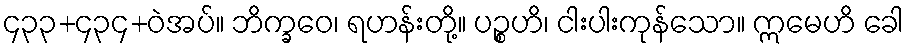
၄၃၃+၄၃၄+ဝဲအပ်။ ဘိက္ခဝေ၊ ရဟန်းတို့။ ပဉ္စဟိ၊ ငါးပါးကုန်သော။ ဣမေဟိ ခေါ